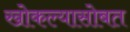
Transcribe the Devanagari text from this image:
खोकल्यासोबत